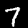
Label: 7